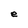
Character: e